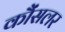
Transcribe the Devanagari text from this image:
कौंसलर